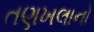
તણખલાનો